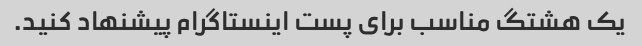
یک هشتگ مناسب برای پست اینستاگرام پیشنهاد کنید.